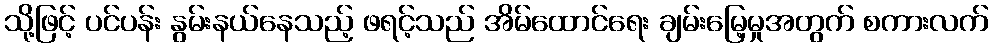
သို့ဖြင့် ပင်ပန်း နွမ်းနယ်နေသည့် ဖရင့်သည် အိမ်ထောင်ရေး ချမ်းမြေ့မှုအတွက် စကားလက်